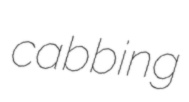
cabbing